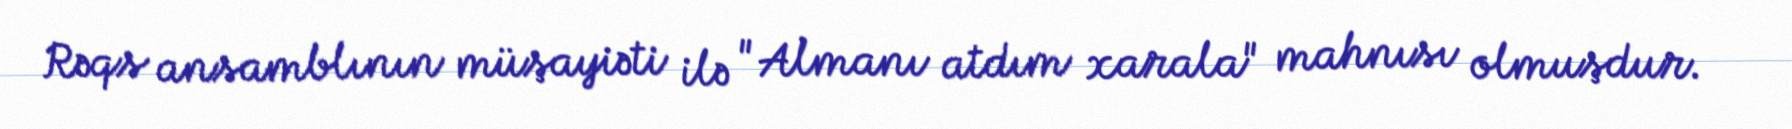
Rəqs ansamblının müşayiəti ilə "Almanı atdım xarala" mahnısı olmuşdur.